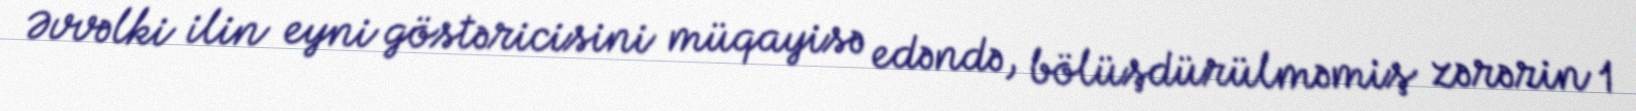
Əvvəlki ilin eyni göstəricisini müqayisə edəndə, bölüşdürülməmiş zərərin 1